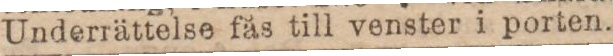
Underrättelse fås till venster i porten.